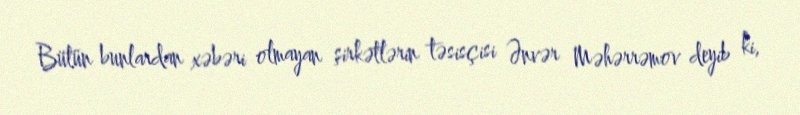
Bütün bunlardan xəbəri olmayan şirkətlərin təsisçisi Ənvər Məhərrəmov deyib ki,